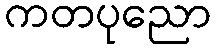
ကတပုညော